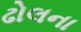
ઢોલના